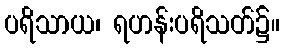
ပရိသာယ၊ ရဟန်းပရိသတ်၌။